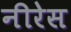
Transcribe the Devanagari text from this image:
नीरेस